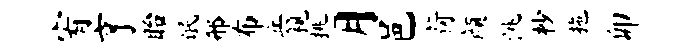
宥亨眙氓邢布兵视挑月邑荷颜洮杪拖卯